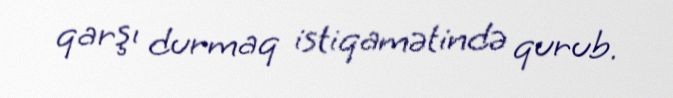
qarşı durmaq istiqamətində qurub.